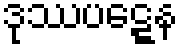
ဒုဿပဋ္ဋေန